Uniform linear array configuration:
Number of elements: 16
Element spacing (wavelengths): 1
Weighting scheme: kaiser
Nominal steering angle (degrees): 30
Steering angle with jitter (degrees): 31.033
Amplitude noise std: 0.05
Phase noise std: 0.05

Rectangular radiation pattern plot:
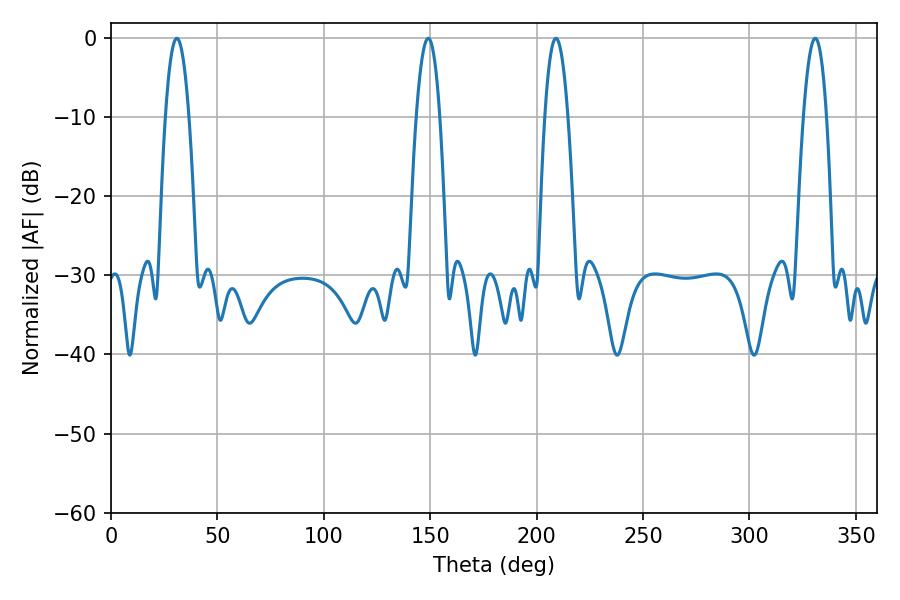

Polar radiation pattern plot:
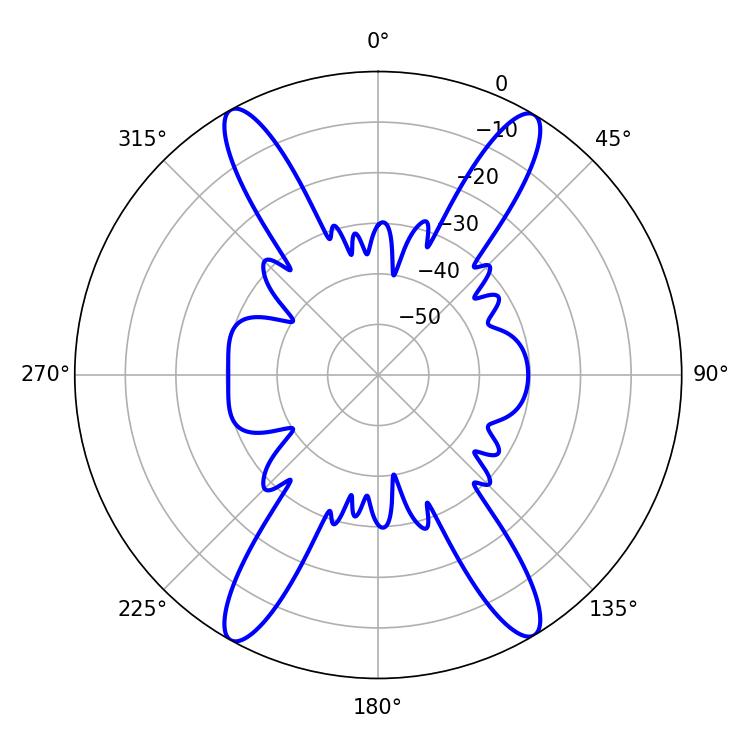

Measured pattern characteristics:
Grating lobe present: TRUE
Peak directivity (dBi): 23.882
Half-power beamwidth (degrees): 6.12
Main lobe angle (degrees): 30.96